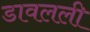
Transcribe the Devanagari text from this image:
डावलली